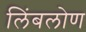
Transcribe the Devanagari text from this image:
लिंबलोण